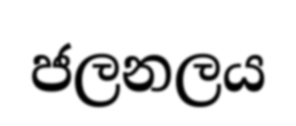
ජලනලය